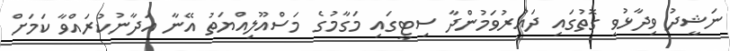
ނަޝީދު ވިދާޅުވި ގޮތުގައި ދައުރުވަމުންދާ ސިޓީގައި މަގާމުގެ މަސްއޫލިއްޔަތު އޭނާ އަދާނުކުރައްވާ ކަމަށް